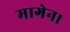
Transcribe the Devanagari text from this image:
मागेन।